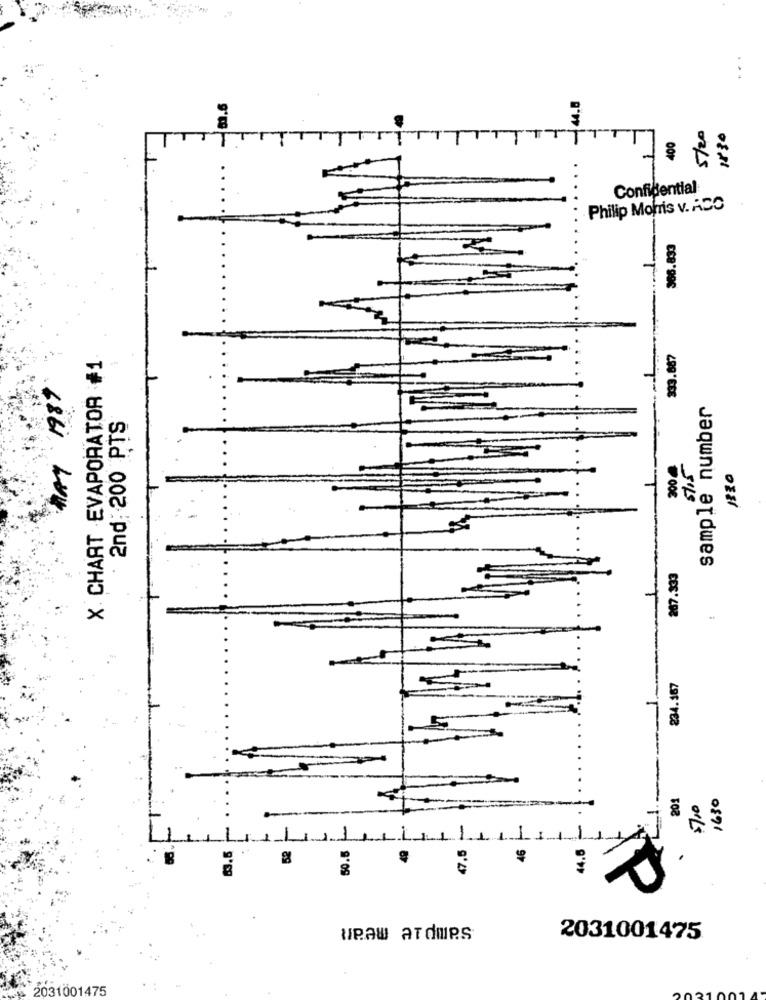
..
44.8
5/20
1830
400
Confidential
Philip Morris v. ACO
366.833
X CHART EVAPORATOR #1
333.687
sample number
2nd, 200 PTS
300
5115
267.333
234.167
201
1630
$700
50.5
47.5
46
44.6
.
wRaw ATdmes
2031001475
2031001475